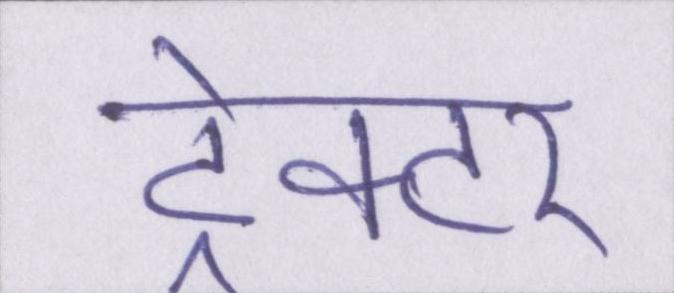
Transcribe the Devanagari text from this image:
ट्रेक्टर